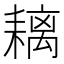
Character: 𦔓